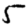
Digit: 5